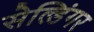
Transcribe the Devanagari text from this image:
सेल्डिंगर